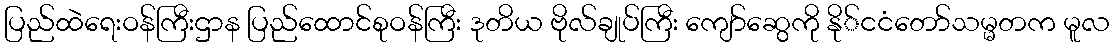
ပြည်ထဲရေးဝန်ကြီးဌာန ပြည်ထောင်စုဝန်ကြီး ဒုတိယ ဗိုလ်ချုပ်ကြီး ကျော်ဆွေကို နို်ငငံတော်သမ္မတက မူလ